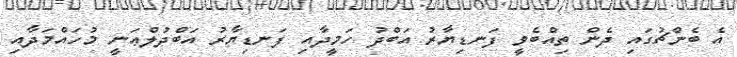
އެ ބެންޗުގައި ދެން ތިއްބެވީ ފަނޑިޔާރު އަބްދު ހަމީދާއި ފަނޑިޔާރު އަބްދުލްޢަނީ މުހައްމަދާއި